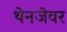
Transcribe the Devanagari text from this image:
थेनजेवर